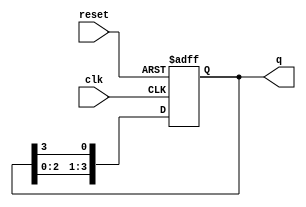
module bistable_ring_counter #(
    parameter N = 4 // Number of flip-flops (states)
)(
    input wire clk,        // Clock signal
    input wire reset,      // Asynchronous reset signal
    output reg [N-1:0] q   // Output state of the counter
);

// Initial state
initial begin
    q = 1'b1; // Set the initial state with the first flip-flop high
end

// Always block for synchronous operation
always @(posedge clk or posedge reset) begin
    if (reset) begin
        q <= 1'b1; // Reset to initial state
    end else begin
        // Shift the '1' bit to the right
        q <= {q[N-2:0], q[N-1]}; // Shift right and wrap around
    end
end

endmodule